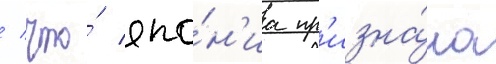
/ что́ япо́н'иа пр'изна́ла